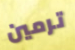
ترمين